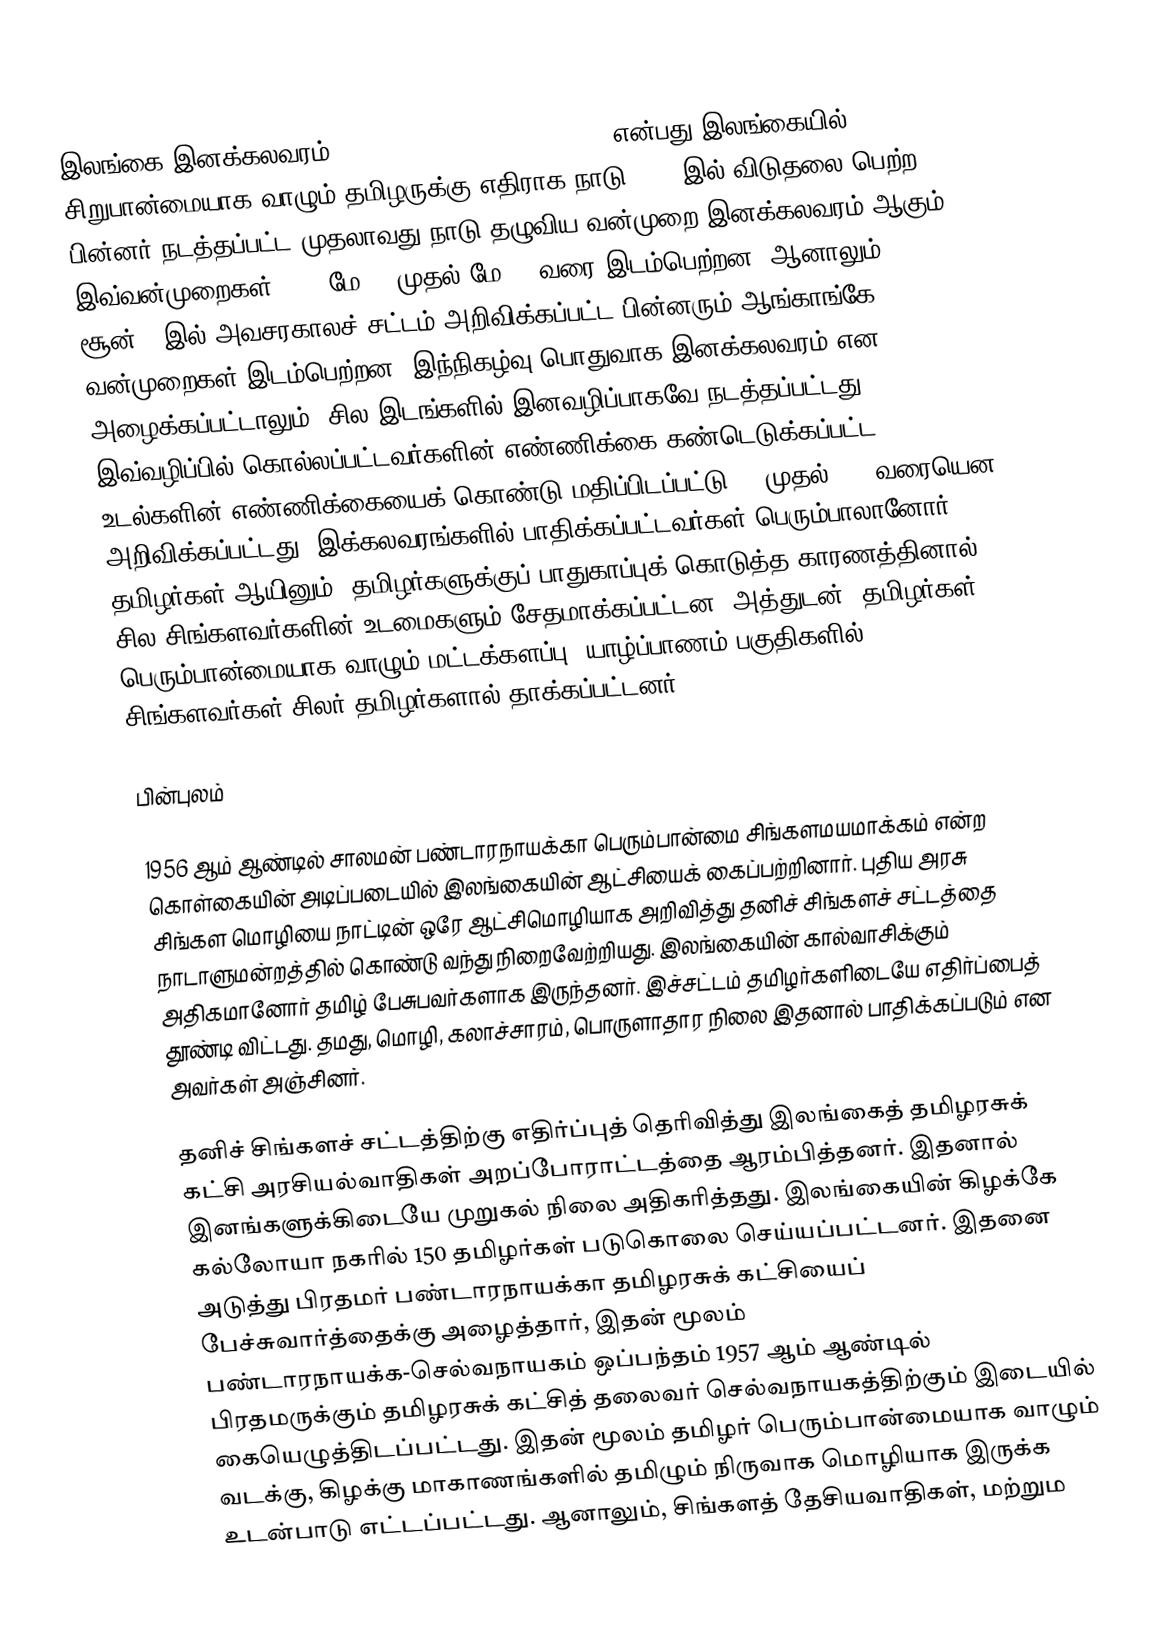
இலங்கை இனக்கலவரம், 1958 (1958 riots in Ceylon) என்பது இலங்கையில் சிறுபான்மையாக வாழும் தமிழருக்கு எதிராக நாடு 1948 இல் விடுதலை பெற்ற பின்னர் நடத்தப்பட்ட முதலாவது நாடு தழுவிய வன்முறை இனக்கலவரம் ஆகும். இவ்வன்முறைகள் 1958 மே 22 முதல் மே 27 வரை இடம்பெற்றன. ஆனாலும், 1958 சூன் 1 இல் அவசரகாலச் சட்டம் அறிவிக்கப்பட்ட பின்னரும் ஆங்காங்கே வன்முறைகள் இடம்பெற்றன. இந்நிகழ்வு பொதுவாக இனக்கலவரம் என அழைக்கப்பட்டாலும், சில இடங்களில் இனவழிப்பாகவே நடத்தப்பட்டது. இவ்வழிப்பில் கொல்லப்பட்டவர்களின் எண்ணிக்கை கண்டெடுக்கப்பட்ட உடல்களின் எண்ணிக்கையைக் கொண்டு மதிப்பிடப்பட்டு 70 முதல் 300 வரையென அறிவிக்கப்பட்டது. இக்கலவரங்களில் பாதிக்கப்பட்டவர்கள் பெரும்பாலானோர் தமிழர்கள் ஆயினும், தமிழர்களுக்குப் பாதுகாப்புக் கொடுத்த காரணத்தினால் சில சிங்களவர்களின் உடமைகளும் சேதமாக்கப்பட்டன. அத்துடன், தமிழர்கள் பெரும்பான்மையாக வாழும் மட்டக்களப்பு, யாழ்ப்பாணம் பகுதிகளில் சிங்களவர்கள் சிலர் தமிழர்களால் தாக்கப்பட்டனர்.

பின்புலம்

1956 ஆம் ஆண்டில் சாலமன் பண்டாரநாயக்கா பெரும்பான்மை சிங்களமயமாக்கம் என்ற கொள்கையின் அடிப்படையில் இலங்கையின் ஆட்சியைக் கைப்பற்றினார். புதிய அரசு சிங்கள மொழியை நாட்டின் ஒரே ஆட்சிமொழியாக அறிவித்து தனிச் சிங்களச் சட்டத்தை நாடாளுமன்றத்தில் கொண்டு வந்து நிறைவேற்றியது. இலங்கையின் கால்வாசிக்கும் அதிகமானோர் தமிழ் பேசுபவர்களாக இருந்தனர். இச்சட்டம் தமிழர்களிடையே எதிர்ப்பைத் தூண்டி விட்டது. தமது, மொழி, கலாச்சாரம், பொருளாதார நிலை இதனால் பாதிக்கப்படும் என அவர்கள் அஞ்சினர்.

தனிச் சிங்களச் சட்டத்திற்கு எதிர்ப்புத் தெரிவித்து இலங்கைத் தமிழரசுக் கட்சி அரசியல்வாதிகள் அறப்போராட்டத்தை ஆரம்பித்தனர். இதனால் இனங்களுக்கிடையே முறுகல் நிலை அதிகரித்தது. இலங்கையின் கிழக்கே கல்லோயா நகரில் 150 தமிழர்கள் படுகொலை செய்யப்பட்டனர். இதனை அடுத்து பிரதமர் பண்டாரநாயக்கா தமிழரசுக் கட்சியைப் பேச்சுவார்த்தைக்கு அழைத்தார், இதன் மூலம் பண்டாரநாயக்க-செல்வநாயகம் ஒப்பந்தம் 1957 ஆம் ஆண்டில் பிரதமருக்கும் தமிழரசுக் கட்சித் தலைவர் செல்வநாயகத்திற்கும் இடையில் கையெழுத்திடப்பட்டது. இதன் மூலம் தமிழர் பெரும்பான்மையாக வாழும் வடக்கு, கிழக்கு மாகாணங்களில் தமிழும் நிருவாக மொழியாக இருக்க உடன்பாடு எட்டப்பட்டது. ஆனாலும், சிங்களத் தேசியவாதிகள், மற்றும